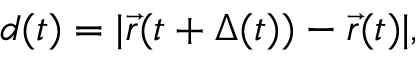
d ( t ) = | \vec { r } ( t + \Delta ( t ) ) - \vec { r } ( t ) | ,